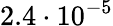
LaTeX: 2.4\cdot 10^{-5}